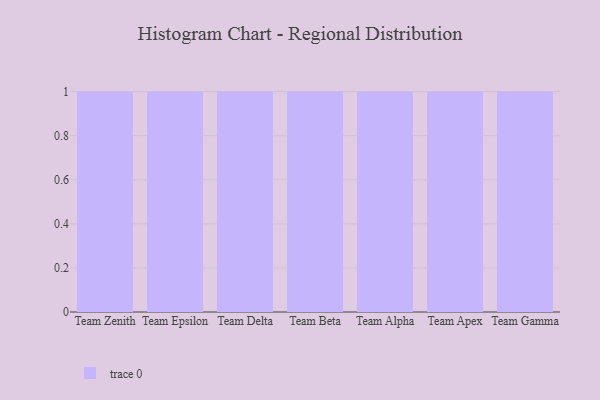
{"axis": {"x": "Team", "y": "Website Visitors"}, "legend": [""], "data": [{"x": "Team Zenith", "y": 54, "type": ""}, {"x": "Team Epsilon", "y": 44, "type": ""}, {"x": "Team Delta", "y": 76, "type": ""}, {"x": "Team Beta", "y": 91, "type": ""}, {"x": "Team Alpha", "y": 93, "type": ""}, {"x": "Team Apex", "y": 45, "type": ""}, {"x": "Team Gamma", "y": 21, "type": ""}]}